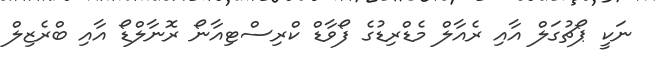
ނަކީ ޕޯޗުގަލް އާއި ރެއާލް މެޑްރިޑުގެ ފޯވާޑް ކްރިސްޓިއާނޯ ރޮނާލްޑޯ އާއި ބްރެޒިލް